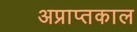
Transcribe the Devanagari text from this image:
अप्राप्तकाल